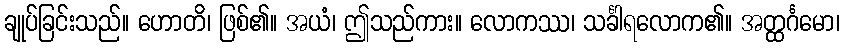
ချုပ်ခြင်းသည်။ ဟောတိ၊ ဖြစ်၏။ အယံ၊ ဤသည်ကား။ လောကဿ၊ သင်္ခါရလောက၏။ အတ္ထင်္ဂမော၊